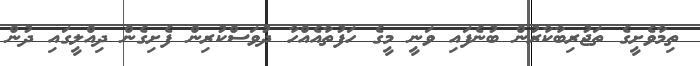
ތިމާވެށީގެ ތަޖުރިބާކާރުން ބުނެފައި ވަނީ މީގެ ހަފުތާއެއްހާ ދުވަސްކުރިން ފެށިގެން ދިއްލީގައި ދުން